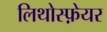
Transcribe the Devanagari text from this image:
लिथोस्फ़ेयर